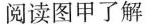
阅读图甲了解